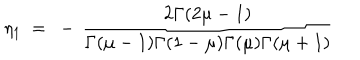
LaTeX: \eta _ { 1 } ~ = ~ - \, \frac { 2 \Gamma ( 2 \mu - 1 ) } { \Gamma ( \mu - 1 ) \Gamma ( 1 - \mu ) \Gamma ( \mu ) \Gamma ( \mu + 1 ) }